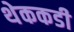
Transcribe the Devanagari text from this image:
थेककडी